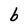
Character: b